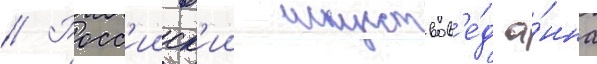
// Росс'ииск'ии искусствов'е́д а́нна